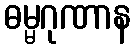
ဓမ္မဂုဏာန